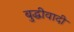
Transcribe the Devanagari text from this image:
बुद्धीवादी